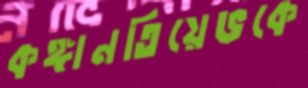
কঙ্গানতিয়েভকে